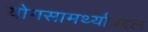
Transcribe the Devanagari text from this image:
योगसामर्थ्याबद्दल